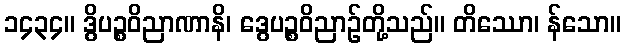
၁၄၃၄။ ဒွိပဉ္စဝိညာဏာနိ၊ ဒွေပဉ္စဝိညာဉ်တို့သည်။ တိဿော၊ န်သော။